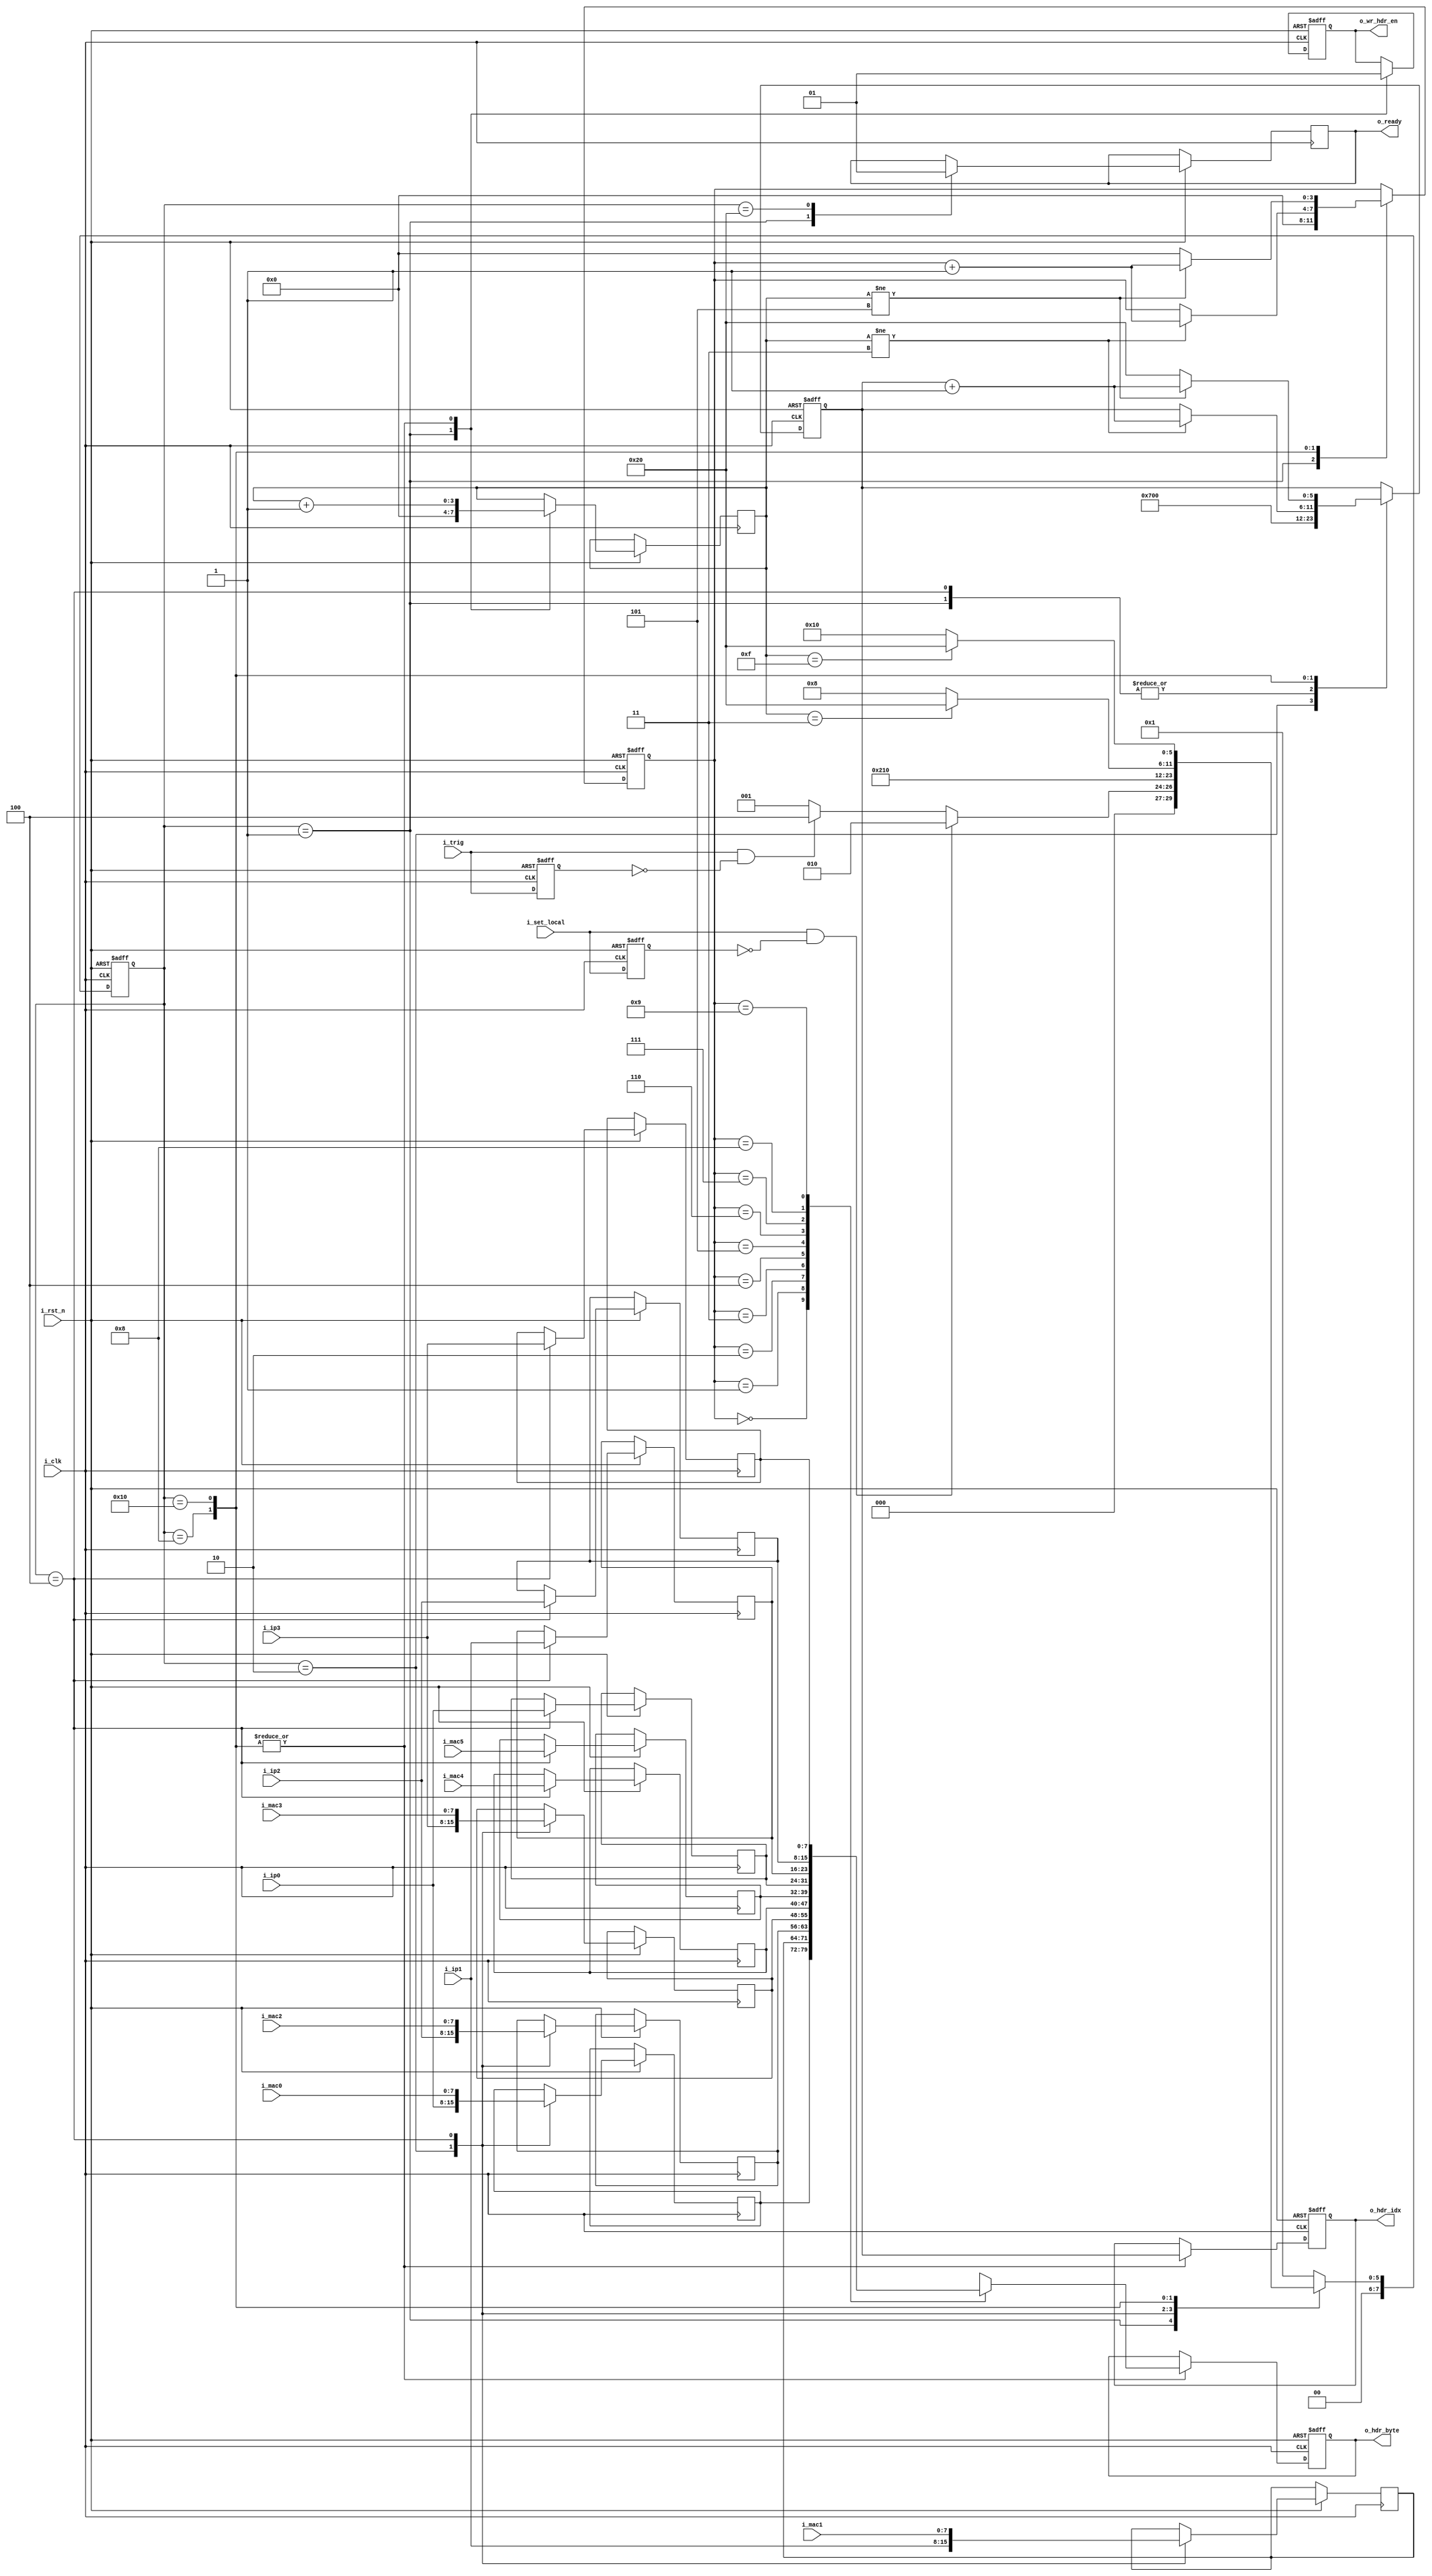
//just send ARP response,with eth
module etharp
(
	input i_clk,i_rst_n,
	input i_trig,						// prepare destination address
	input [7:0] i_ip0,i_ip1,i_ip2,i_ip3,
	input [7:0] i_mac0,i_mac1,i_mac2,i_mac3,i_mac4,i_mac5,
	input i_set_local,					// set local IP
	output [5:0] o_hdr_idx,				// connect with header buffer's address,start with 0
	output [7:0] o_hdr_byte,			// write this byte to the header's offset given by o_hdr_idx when o_wr_hdr_en is 1
	output o_wr_hdr_en,
	output o_ready
);
	localparam DSTMAC_OFFSET = 6'd0;
	localparam SRCMAC_OFFSET = 6'd6;
	localparam SENDERIP_OFFSET = 6'd14 + 6'd14;
	localparam TARGETADDR_OFFSET = 6'd18 + 6'd14;

	localparam ST_IDEL = 8'd1;
	localparam ST_SET_SRCIP = 8'd2;
	localparam ST_SET_DSTADDR = 8'd4;
	localparam ST_WR_SRCIP = 8'd8;
	localparam ST_WR_DSTADDR = 8'd16;
	localparam ST_END = 8'd32;

	reg [7:0] state,state_next;
	reg [7:0] addr[0:9];			//0~5 is MAC, 6~9 is IP
	reg [3:0] wr_cnt,addr_idx;
	reg [5:0] hdr_idx,next_hdr_idx;	
	reg [7:0] hdr_byte;
	reg wr_hdr_en,ready,trig,set_local;
	
	assign o_hdr_idx = hdr_idx;
	assign o_hdr_byte = hdr_byte;
	assign o_wr_hdr_en = wr_hdr_en;
	assign o_ready = ready;
	
	always@(posedge i_clk or negedge i_rst_n)
	if(!i_rst_n)
	begin
		state <= ST_IDEL;
		trig <= 0;
		set_local <= 0;
	end
	else
	begin
		state <= state_next;
		trig <= i_trig;
		set_local <= i_set_local;
	end
	
	always@(*)
	begin
		case(state)
		ST_IDEL:
			if(i_set_local & !set_local)
				state_next = ST_SET_SRCIP;
			else if(i_trig & !trig)
				state_next = ST_SET_DSTADDR;
			else
				state_next = ST_IDEL;
		ST_SET_SRCIP:
			state_next = ST_WR_SRCIP;
		ST_SET_DSTADDR:
			state_next = ST_WR_DSTADDR;
		ST_WR_SRCIP:
			if(wr_cnt == 4'd3)
				state_next = ST_END;
			else
				state_next = ST_WR_SRCIP;
		ST_WR_DSTADDR:
			if(wr_cnt == 4'd15)
				state_next = ST_END;
			else
				state_next = ST_WR_DSTADDR;
		ST_END:
			state_next = ST_IDEL;
		default:
			state_next = ST_IDEL;
		endcase
	end
	
	always@(posedge i_clk or negedge i_rst_n)
	if(!i_rst_n)
	begin
		hdr_idx <= 0;
		next_hdr_idx <= 0;	
		hdr_byte <= 0;
		wr_hdr_en <= 0;
		addr_idx <= 0;
	end
	else
	begin
		case(state)
		ST_IDEL:
		begin
			wr_cnt <= 0;
			wr_hdr_en <= 0;
			ready <= 0;
			next_hdr_idx <= 0;
			addr_idx <= 0;
		end
		ST_SET_SRCIP:
		begin
			{addr[0],addr[1],addr[2],addr[3]} <= {i_ip0,i_ip1,i_ip2,i_ip3};
			next_hdr_idx <= SENDERIP_OFFSET;
		end
		ST_SET_DSTADDR:
		begin
			{addr[0],addr[1],addr[2],addr[3],addr[4],addr[5]} <= {i_mac0,i_mac1,i_mac2,i_mac3,i_mac4,i_mac5};
			{addr[6],addr[7],addr[8],addr[9]} <= {i_ip0,i_ip1,i_ip2,i_ip3};
			next_hdr_idx <= DSTMAC_OFFSET;
		end
		ST_WR_SRCIP:
		begin
			wr_cnt <= wr_cnt + 1'd1;
			wr_hdr_en <= 1'd1;
			hdr_byte <= addr[addr_idx];
			hdr_idx <= next_hdr_idx;
			
			if(wr_cnt != 4'd3)
			begin
				next_hdr_idx <= next_hdr_idx + 1'd1;
				addr_idx <= addr_idx + 1'd1;
			end
		end
		ST_WR_DSTADDR:
		begin
			wr_cnt <= wr_cnt + 1'd1;
			wr_hdr_en <= 1'd1;
			hdr_byte <= addr[addr_idx];
			hdr_idx <= next_hdr_idx;
			
			if(wr_cnt != 4'd5)
			begin
				next_hdr_idx <= next_hdr_idx + 1'd1;
				addr_idx <= addr_idx + 1'd1;
			end
			else
			begin
				next_hdr_idx <= TARGETADDR_OFFSET;
				addr_idx <= 0;
			end
		end
		ST_END:
			ready <= 1'd1;
		endcase
	end
	
endmodule